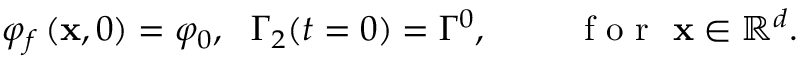
\varphi _ { f } \left( \mathbf { x } , 0 \right) = \varphi _ { 0 } , ~ ~ \Gamma _ { 2 } ( t = 0 ) = \Gamma ^ { 0 } , ~ ~ ~ ~ ~ ~ ~ \mathrm { ~ f ~ o ~ r ~ } ~ \mathbf { x } \in \mathbb { R } ^ { d } .